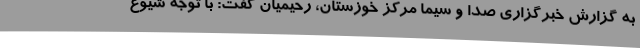
به گزارش خبرگزاری صدا و سیما مرکز خوزستان، رحیمیان گفت: با توجه شیوع